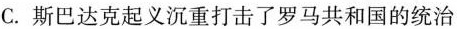
C.斯巴达克起义沉重打击了罗马共和国的统治